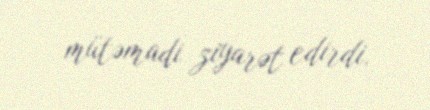
mütəmadi ziyarət edirdi.